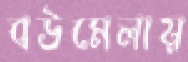
বউমেলায়